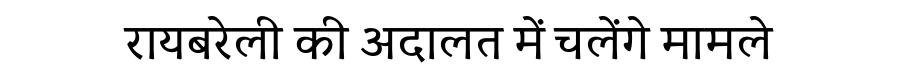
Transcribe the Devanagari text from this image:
रायबरेली की अदालत में चलेंगे मामले